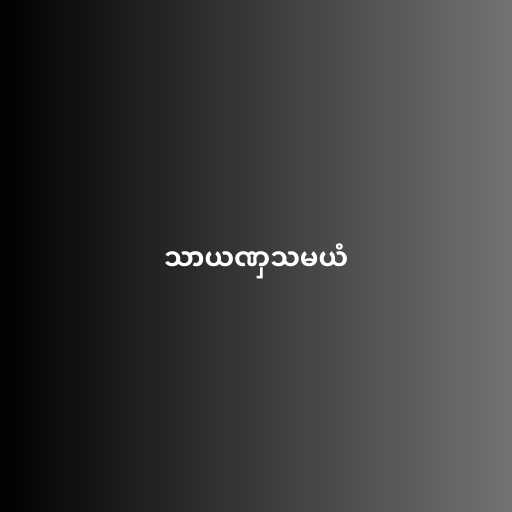
သာယဏှသမယံ